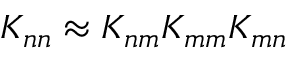
K _ { n n } \approx K _ { n m } K _ { m m } K _ { m n }